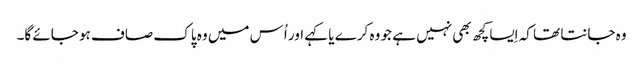
وہ جانتا تھا کہ اِیسا کچھ بھی نہیں ہے جو وہ کرے یا کہے اور اُس میں وہ پاک صاف ہو جائے گا۔